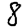
Digit: 8